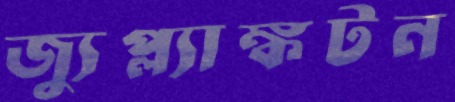
জ্যুপ্ল্যাঙ্কটন